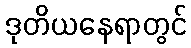
ဒုတိယနေရာတွင်